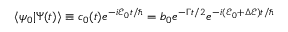
\langle \psi _ { 0 } | \Psi ( t ) \rangle \equiv c _ { 0 } ( t ) e ^ { - i \mathcal { E } _ { 0 } t / \hbar } = b _ { 0 } e ^ { - \Gamma t / 2 } e ^ { - i ( \mathcal { E } _ { 0 } + \Delta \mathcal { E } ) t / \hbar }